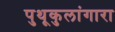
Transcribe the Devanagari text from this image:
पुथूकुलांगारा